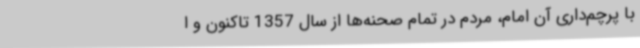
با پرچم‌داری آن امام، مردم در تمام صحنه‌ها از سال 1357 تاکنون و ا